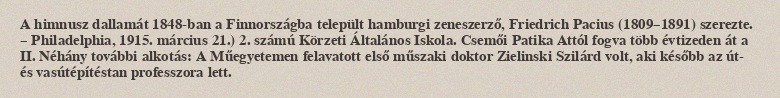
A himnusz dallamát 1848-ban a Finnországba települt hamburgi zeneszerző, Friedrich Pacius (1809–1891) szerezte. – Philadelphia, 1915. március 21.) 2. számú Körzeti Általános Iskola. Csemői Patika Attól fogva több évtizeden át a II. Néhány további alkotás: A Műegyetemen felavatott első műszaki doktor Zielinski Szilárd volt, aki később az út- és vasútépítéstan professzora lett.